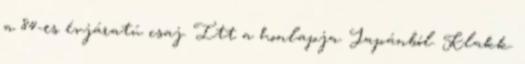
a 84-es évjáratú csaj. Itt a honlapja. Japánból. Klakk.